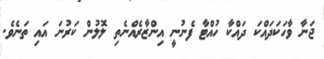
ޖަނާ ވާހަކަދައްކަ ދައްކާ ހުއްޓާ ފެނުނީ އިންޒާރެއްނެތި ލޮލުން ކަރުނަ އައި ތަނެވެ.